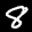
Label: 8